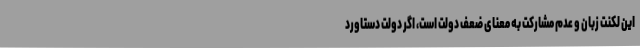
این لکنت زبان و عدم مشارکت به معنای ضعف دولت است، اگر دولت دستاورد